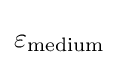
{{\varepsilon }_{\rm {medium}}}